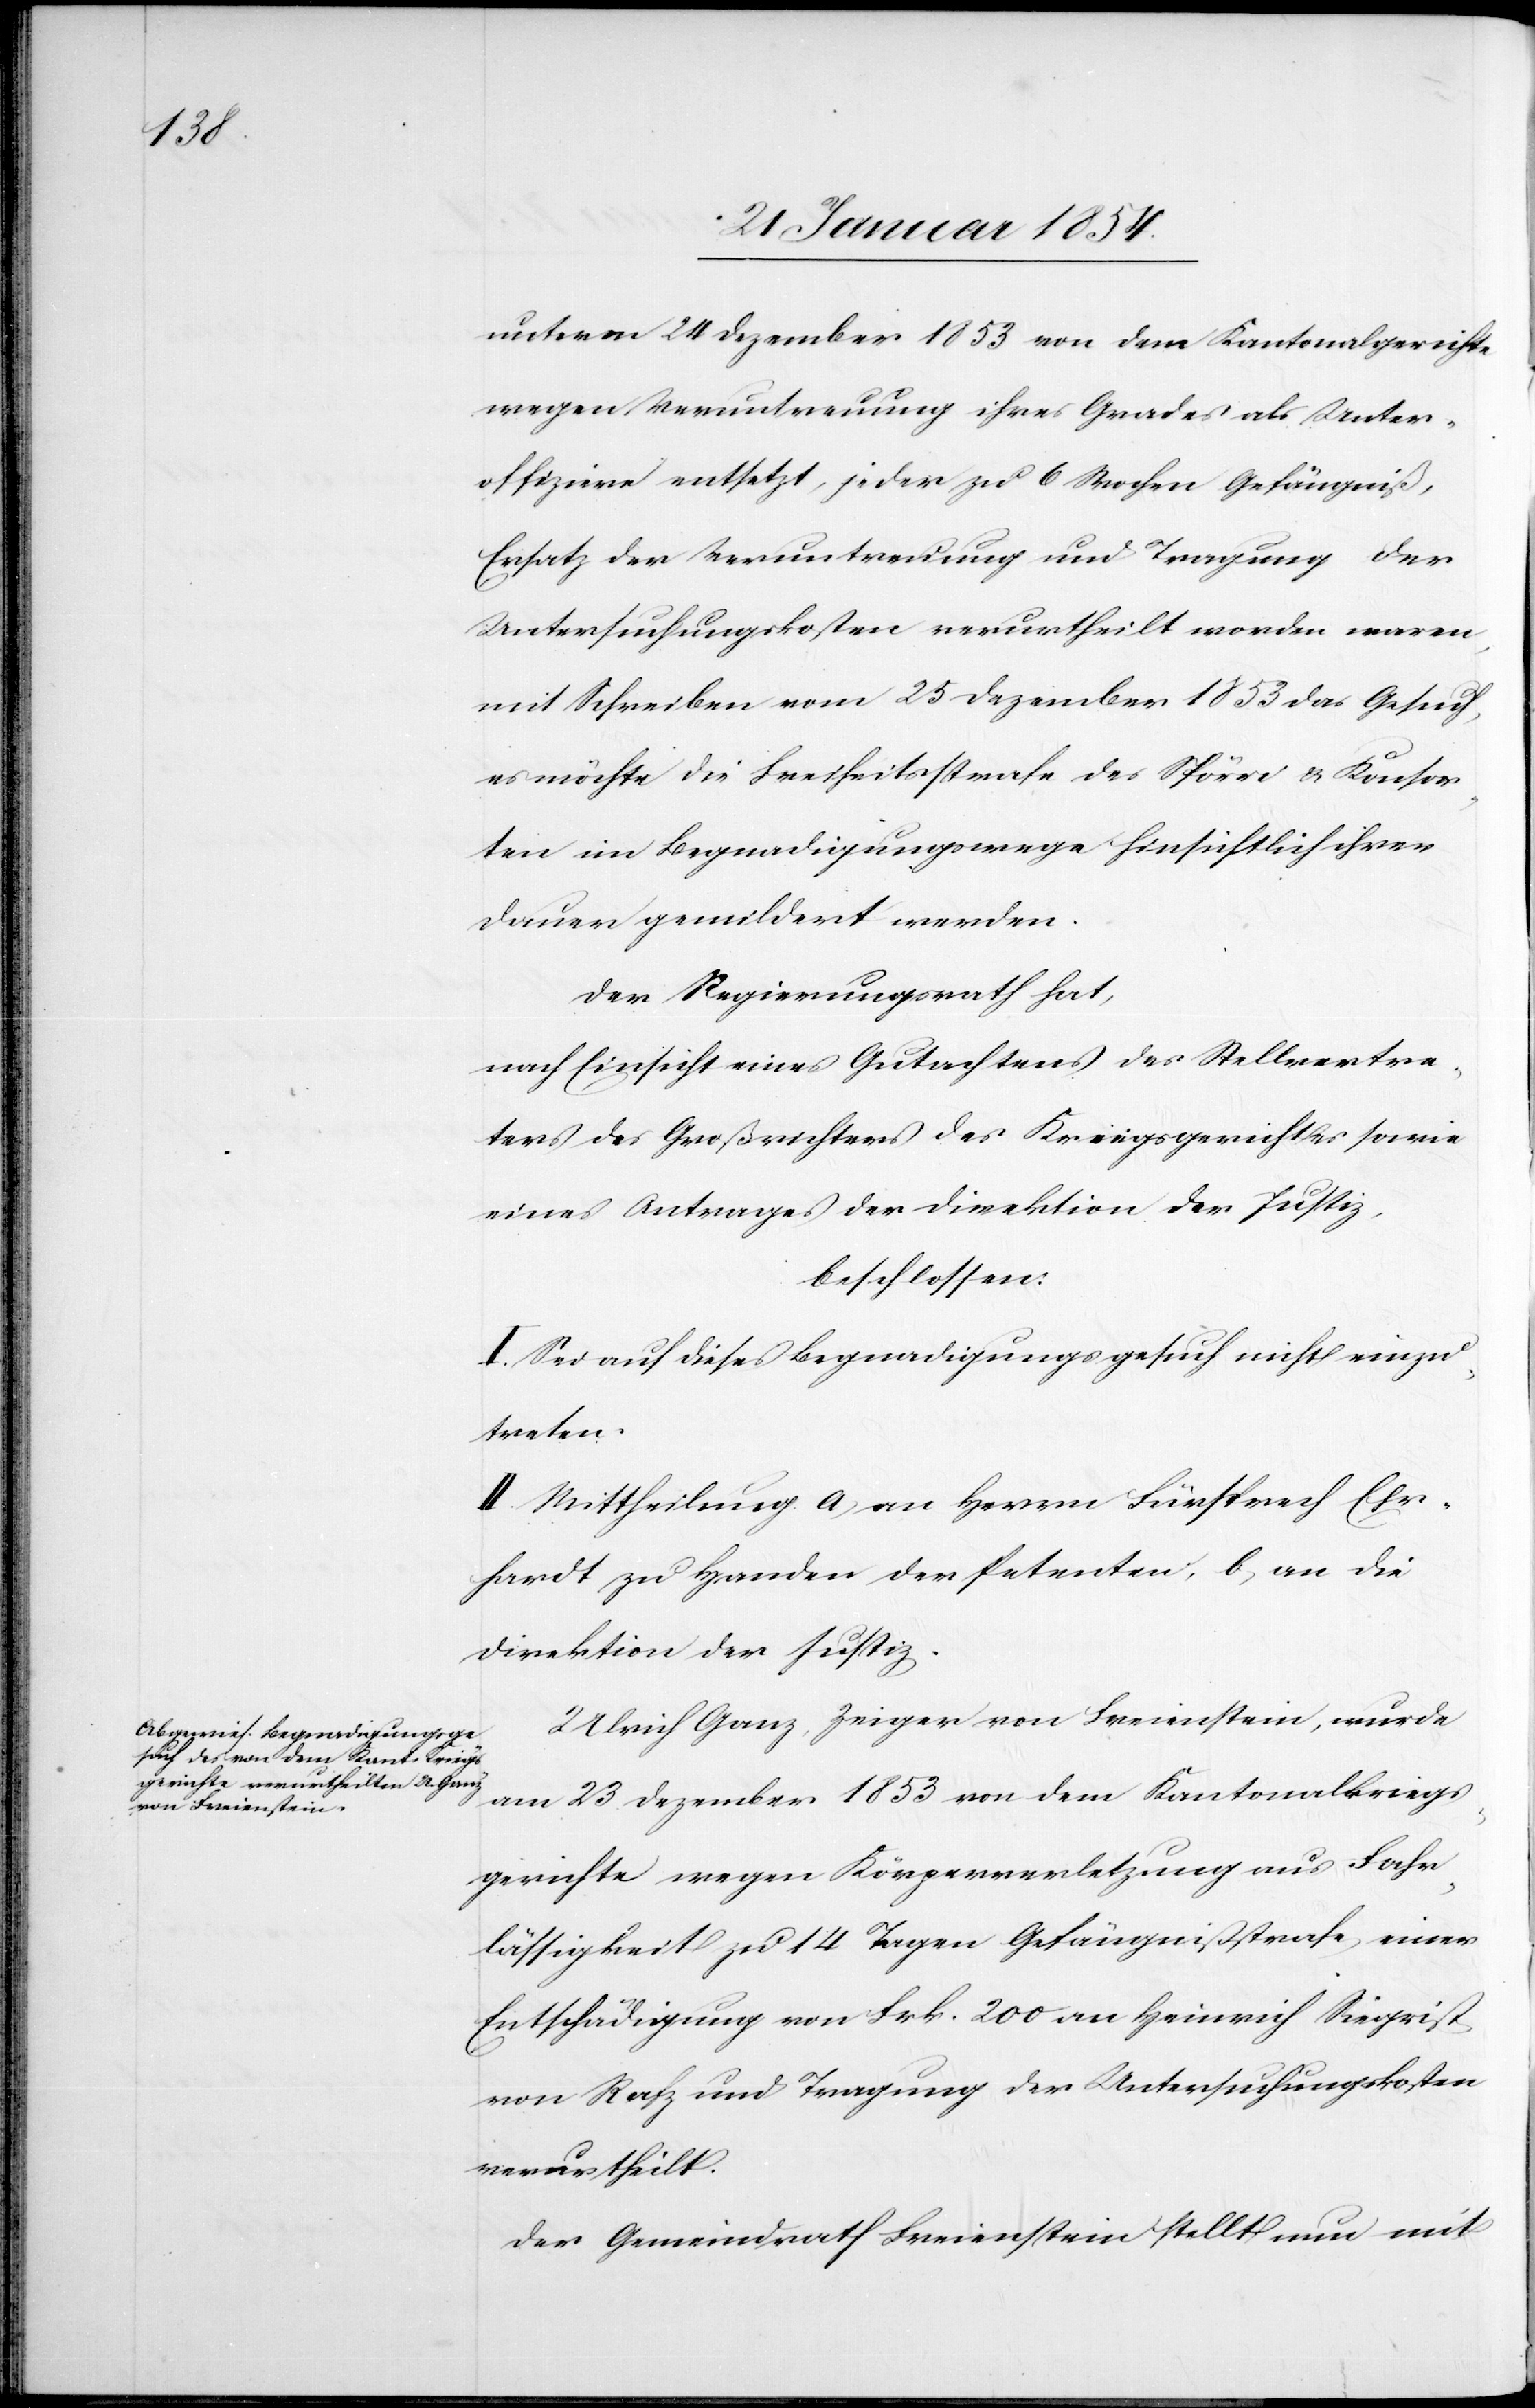
unterm 24 Dezember 1853 von dem Kantonalgerichte
wegen Veruntreuung ihres Grades als Unter¬
offiziere entsetzt, jeder zu 6 Wochen Gefängniß,
Ersatz der Veruntreuung und Tragung der
Untersuchungskosten verurtheilt worden waren,
mit Schreiben vom 25 Dezember 1853 das Gesuch,
es möchte die Freiheitsstrafe des Spörri & Konsor¬
ten im Begnadigungswege hinsichtlich ihrer
Dauer gemildert werden.
Der Regierungsrath hat,
nach Einsicht eines Gutachtens des Stellvertre¬
ters des Großrichters des Kriegsgerichtes sowie
eines Antrages der Direktion der Justiz,
beschlossen:
I. Sei auf dieses Begnadigungsgesuch nicht einzu¬
treten.
II. Mittheilung a) an Herrn Fürsprech Ehr¬
hardt zu Handen der Petenten, b) an die
Direktion der Justiz.
Ulrich Ganz, Zeiger von Freienstein, wurde
am 23 Dezember 1853 von dem Kantonalkriegs¬
gerichte wegen Körperverletzung aus Fahr¬
lässigkeit zu 14 Tagen Gefängnißstrafe, einer
Entschädigung von Frk. 200 an Heinrich Siegrist
von Rafz und Tragung der Untersuchungskosten
verurtheilt.
Der Gemeindrath Freienstein stellt nun mit